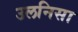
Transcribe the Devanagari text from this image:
उलनिसा